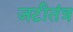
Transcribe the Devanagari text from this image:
जटीतंत्र